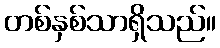
တစ်နှစ်သာရှိသည်။